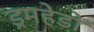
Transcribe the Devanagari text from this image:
ड्रमहेडों